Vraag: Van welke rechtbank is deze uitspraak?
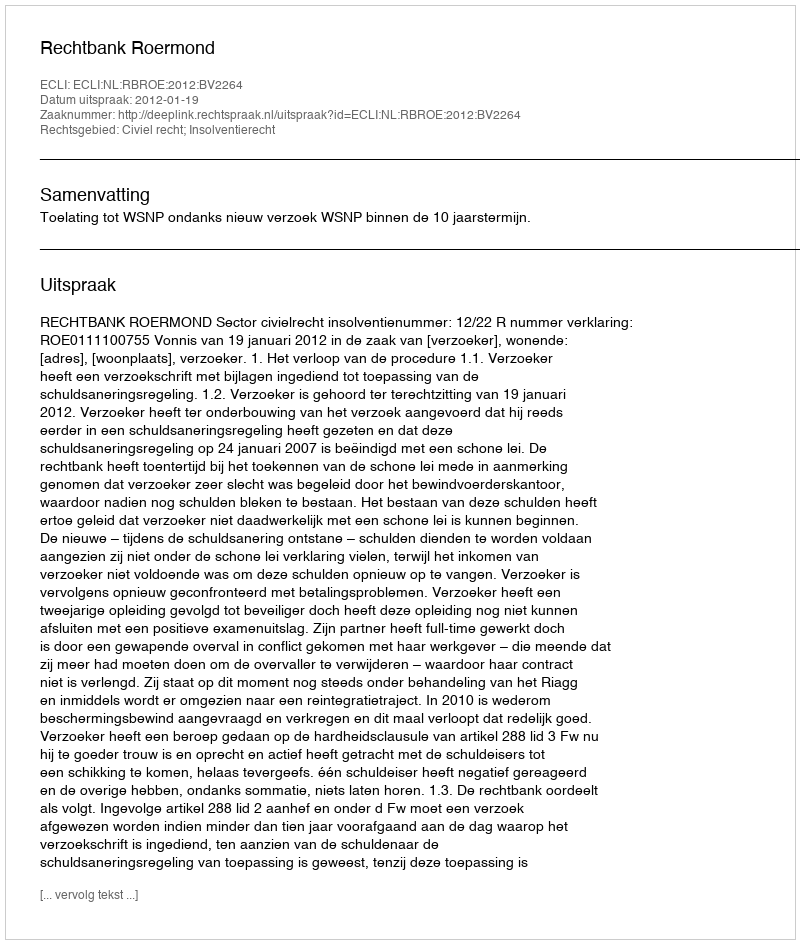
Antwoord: Rechtbank Roermond